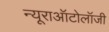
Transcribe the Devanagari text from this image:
न्यूराऑटोलॉजी